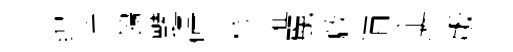
缚滓鴒豔碍移懼麗啟酒企愼版